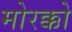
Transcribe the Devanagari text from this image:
मोरक्को